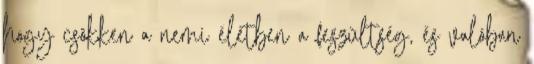
hogy csökken a nemi életben a feszültség, és valóban